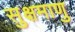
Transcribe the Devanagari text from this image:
सुक्षमाणु